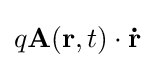
q\mathbf {A} (\mathbf {r} ,t)\cdot \mathbf {\dot {r}}